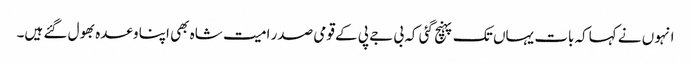
انہو ں نے کہاکہ بات یہاں تک پہنچ گئی کہ بی جے پی کے قومی صدر امیت شاہ بھی اپنا وعدہ بھول گئے ہیں۔